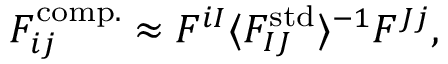
\begin{array} { r } { F _ { i j } ^ { \mathrm { c o m p . } } \approx F ^ { i I } \langle F _ { I J } ^ { \mathrm { s t d } } \rangle ^ { - 1 } F ^ { J j } , } \end{array}